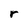
Character: r